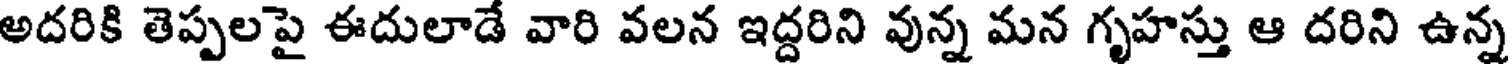
అదరికి తెప్పలపై ఈదులాడే వారి వలన ఇద్దరిని వున్న మన గృహస్తు ఆ దరిని ఉన్న